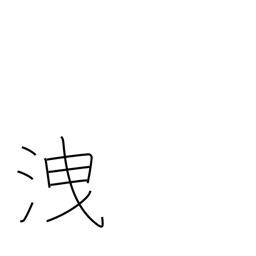
Meaning: escape